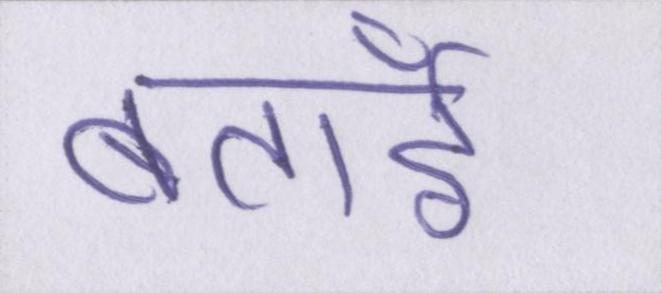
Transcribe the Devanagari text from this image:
बताईँ